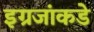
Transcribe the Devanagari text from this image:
इग्रजांकडे